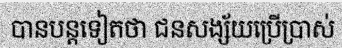
បានបន្តទៀតថា ជនសង្ស័យប្រើប្រាស់